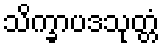
သိက္ခာပဒသုတ္တံ